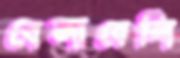
বেলাবেলি